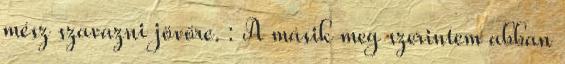
mész szavazni jövőre. : A másik meg szerintem abban